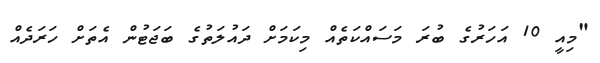
"މިއީ 10 އަހަރުގެ ބުރަ މަސައްކަތެއް މިކަމަށް ދައުލަތުގެ ބަޖަޓުން އެތަށް ހަރަދެއް